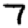
Digit: 7